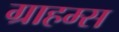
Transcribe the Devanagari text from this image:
ग्राहम्स